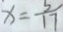
x = \frac { 5 } { 1 7 }